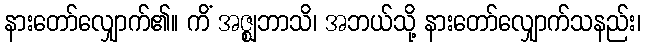
နားတော်လျှောက်၏။ ကိံ အဇ္ဈဘာသိ၊ အဘယ်သို့ နားတော်လျှောက်သနည်း၊